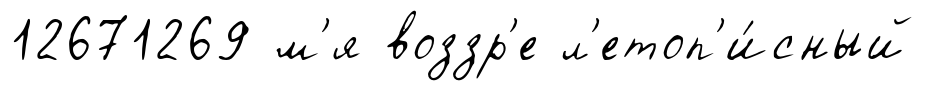
12671269 м'я воззр'е л'етоп'и́сный